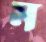
ম